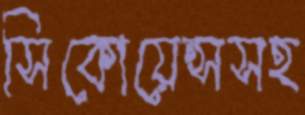
সিকোয়েন্সসহ